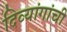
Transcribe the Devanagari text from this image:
दिव्यांगांची